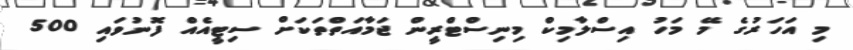
މި އަހަރުގެ މޭ މަހު އިސްލާމިކް މިނިސްޓްރީން ޖަމާއަތްތަކަށް ސިޓީއެއް ފޮނުވައި 500